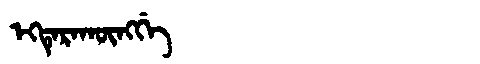
Manchu: ᡝᡴᡨᡝᡵᠠᡴᡡᠩᡤᡝ
Romanization: EKTERAKŪNGGE